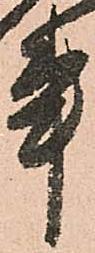
事